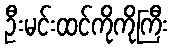
ဦးမင်းထင်ကိုကိုကြီး